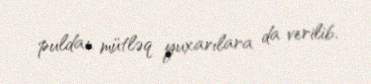
puldan mütləq yuxarılara da verilib.